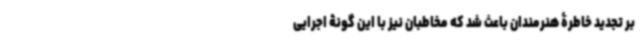
بر تجدید خاطرۀ هنرمندان باعث شد که مخاطبان نیز با این ‌گونۀ اجرایی